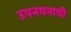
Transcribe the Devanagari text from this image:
उपनयनाची